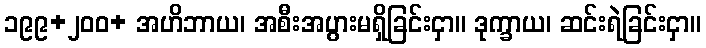
၁၉၉+၂၀၀+ အဟိဘာယ၊ အစီးအပွားမရှိခြင်းငှာ။ ဒုက္ခာယ၊ ဆင်းရဲခြင်းငှာ။